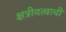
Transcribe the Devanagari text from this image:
क्षत्रीयत्वाची